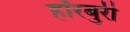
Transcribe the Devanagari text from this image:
हॉरबुरी